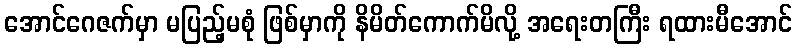
အောင်ဂေဇက်မှာ မပြည့်မစုံ ဖြစ်မှာကို နိမိတ်ကောက်မိလို့ အရေးတကြီး ရထားမီအောင်